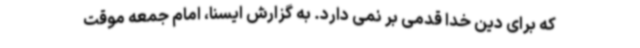
که برای دین خدا قدمی بر نمی دارد. به گزارش ایسنا، امام جمعه موقت